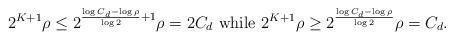
LaTeX: \begin{align*}2^{K+1} \rho \leq 2^{\frac{\log C_d-\log \rho}{\log 2} +1}\rho = 2C_d \textrm{ while } 2^{K+1}\rho \geq 2^{\frac{\log C_d-\log \rho}{\log 2}}\rho = C_d.\end{align*}